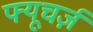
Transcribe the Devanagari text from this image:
फ्यूचर्ज़